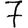
Digit: 7